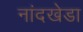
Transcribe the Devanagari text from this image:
नांदखेडा